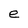
Character: e